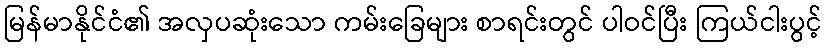
မြန်မာနိုင်ငံ၏ အလှပဆုံးသော ကမ်းခြေများ စာရင်းတွင် ပါဝင်ပြီး ကြယ်ငါးပွင့်